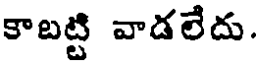
కాబట్టి వాడలేదు.